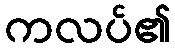
ကလပ်၏